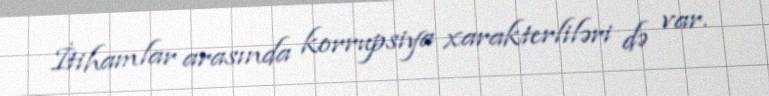
İtihamlar arasında korrupsiya xarakterliləri də var.